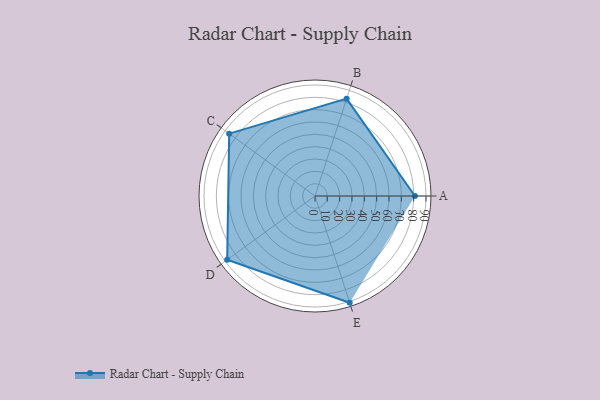
{"axis": {"x": "Skill", "y": "Score"}, "legend": ["Profile"], "data": [{"x": "A", "y": 81.0, "type": "Profile"}, {"x": "B", "y": 83.0, "type": "Profile"}, {"x": "C", "y": 86.0, "type": "Profile"}, {"x": "D", "y": 88.0, "type": "Profile"}, {"x": "E", "y": 91.0, "type": "Profile"}]}